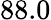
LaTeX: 88.0